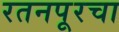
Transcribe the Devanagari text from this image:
रतनपूरचा